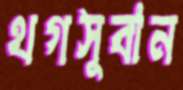
থগসুবান